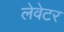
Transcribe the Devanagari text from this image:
लेवेटर